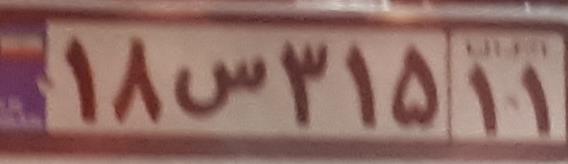
۱۸س۳۱۵۱۱